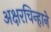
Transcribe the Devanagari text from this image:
अक्षरचिन्हाने